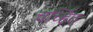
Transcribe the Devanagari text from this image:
चर्च्हित